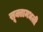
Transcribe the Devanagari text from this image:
सूक्तामधली